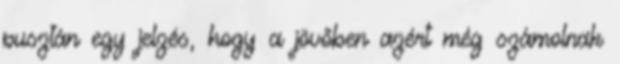
pusztán egy jelzés, hogy a jövőben azért még számolnak